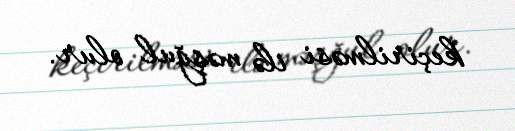
keçirilməsi ilə məşğul olur.